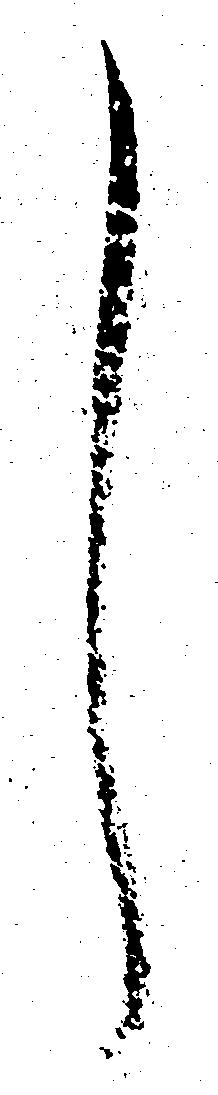
し